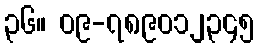
၃၆။ ၀၉-၇၈၉၀၁၂၃၄၅